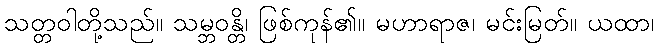
သတ္တဝါတို့သည်။ သမ္ဘဝန္တိ၊ ဖြစ်ကုန်၏။ မဟာရာဇ၊ မင်းမြတ်။ ယထာ၊